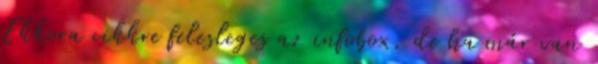
Ekkora cikkre felesleges az infobox, de ha már van